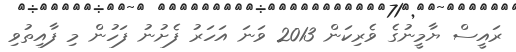
ރައީސް ޔާމީނުގެ ވެރިކަން 2013 ވަނަ އަހަރު ފެށުނު ފަހުން މި ފާއިތުވި